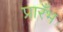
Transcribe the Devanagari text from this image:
प्रारँभ